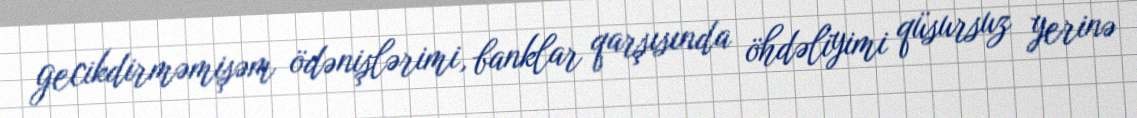
gecikdirməmişəm ödənişlərimi, banklar qarşısında öhdəliyimi qüsursuz yerinə